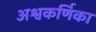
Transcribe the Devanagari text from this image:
अश्वकर्णिका